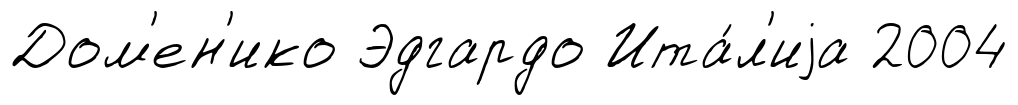
Дом'ен'ико Эдгардо Ита́л'иjа 2004